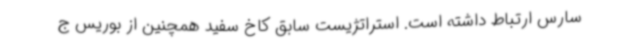
سارس ارتباط داشته است. استراتژیست سابق کاخ سفید همچنین از بوریس ج